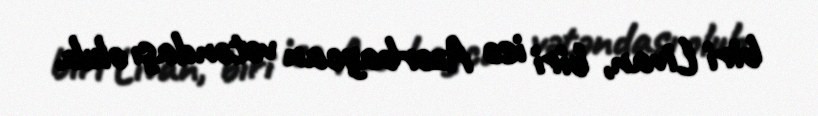
biri Livan, biri isə Azərbaycan vətəndaşı olub.